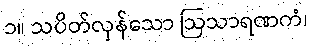
၁။ သပိတ်လှန်သော ဩသာရဏကံ၊